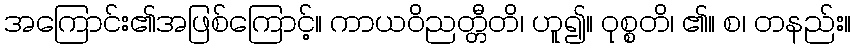
အကြောင်း၏အဖြစ်ကြောင့်။ ကာယဝိညတ္တီတိ၊ ဟူ၍။ ဝုစ္စတိ၊ ၏။ စ၊ တနည်း။